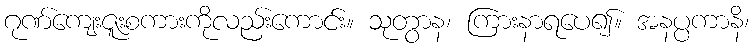
ဂုဏ်ကျေးဇူးစကားကိုလည်းကောင်း။ သုတွာန၊ ကြားနာရပေ၍။ အနပ္ပကာနိ၊